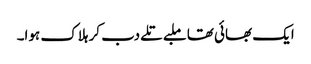
ایک بھائی تھا ملبے تلے دب کر ہلاک ہوا۔